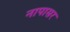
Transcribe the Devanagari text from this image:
नापासर